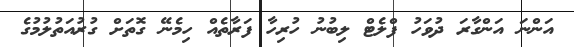
އަންނަ އަންގާރަ ދުވަހު ފްލެޓް ލިބުނު ހުރިހާ ފަރާތެއް ހިމެނޭ ގޮތަށް ގުރުއަތުލުމުގެ